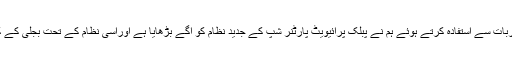
دنیا کے مختلف ممالک کے تجربات سے استفادہ کرتے ہوئے ہم نے پبلک پرائیویٹ پارٹنر شپ کے جدید نظام کو آگے بڑھایا ہے اوراسی نظام کے تحت بجلی کے کارخانے بھی لگائے گئے ہیں ۔